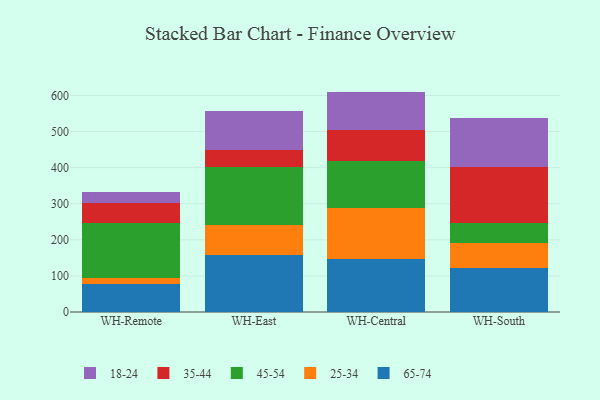
{"axis": {"x": "Warehouse", "y": "Revenue (USD Million)"}, "legend": ["18-24", "25-34", "35-44", "45-54", "65-74"], "data": [{"x": "WH-Remote", "y": 78.1, "type": "65-74"}, {"x": "WH-Remote", "y": 17.5, "type": "25-34"}, {"x": "WH-Remote", "y": 150.8, "type": "45-54"}, {"x": "WH-Remote", "y": 55.3, "type": "35-44"}, {"x": "WH-Remote", "y": 30.1, "type": "18-24"}, {"x": "WH-East", "y": 158.1, "type": "65-74"}, {"x": "WH-East", "y": 82.9, "type": "25-34"}, {"x": "WH-East", "y": 161.3, "type": "45-54"}, {"x": "WH-East", "y": 47.9, "type": "35-44"}, {"x": "WH-East", "y": 105.7, "type": "18-24"}, {"x": "WH-Central", "y": 147.2, "type": "65-74"}, {"x": "WH-Central", "y": 141.1, "type": "25-34"}, {"x": "WH-Central", "y": 129.8, "type": "45-54"}, {"x": "WH-Central", "y": 87.1, "type": "35-44"}, {"x": "WH-Central", "y": 105.5, "type": "18-24"}, {"x": "WH-South", "y": 122.9, "type": "65-74"}, {"x": "WH-South", "y": 67.8, "type": "25-34"}, {"x": "WH-South", "y": 57.2, "type": "45-54"}, {"x": "WH-South", "y": 153.4, "type": "35-44"}, {"x": "WH-South", "y": 136.2, "type": "18-24"}]}